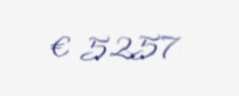
€ 5257